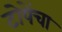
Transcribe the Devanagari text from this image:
टोपेंचा